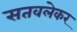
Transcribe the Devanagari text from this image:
सतवलेकर